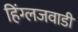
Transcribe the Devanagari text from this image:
हिंग्लजवाडी